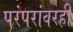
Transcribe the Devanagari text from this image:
परंपरांवरही